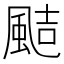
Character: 𩗊